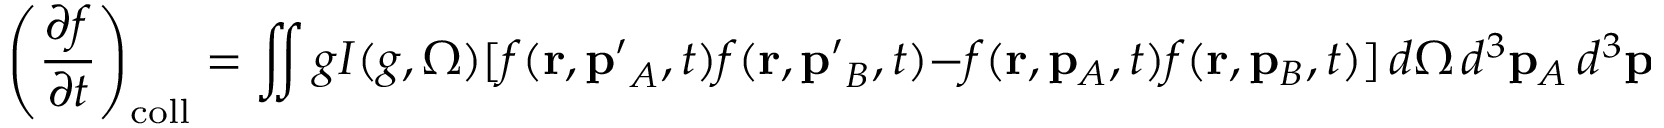
\left( { \frac { \partial f } { \partial t } } \right) _ { \mathrm { c o l l } } = \iint g I ( g , \Omega ) [ f ( \mathbf { r } , \mathbf { p ^ { \prime } } _ { A } , t ) f ( \mathbf { r } , \mathbf { p ^ { \prime } } _ { B } , t ) - f ( \mathbf { r } , \mathbf { p } _ { A } , t ) f ( \mathbf { r } , \mathbf { p } _ { B } , t ) ] \, d \Omega \, d ^ { 3 } \mathbf { p } _ { A } \, d ^ { 3 } \mathbf { p } _ { B } ,